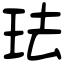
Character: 珐